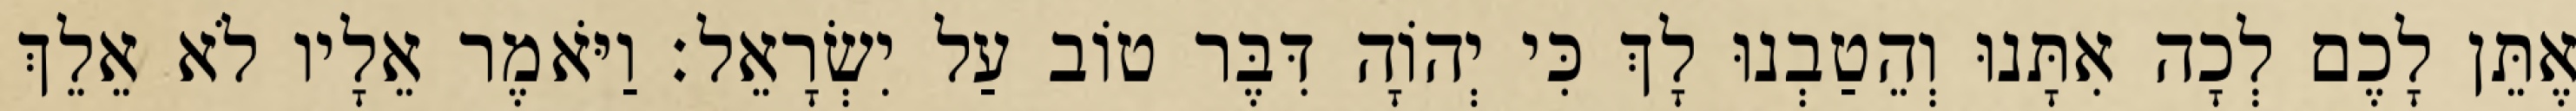
אֶתֵּן לָכֶם לְכָה אִתָּנוּ וְהֵטַבְנוּ לָךְ כִּי יְהוָֹה דִּבֶּר טוֹב עַל יִשְׂרָאֵל׃ וַיֹּאמֶר אֵלָיו לֹא אֵלֵךְ